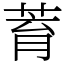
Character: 𦱀